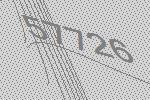
57726